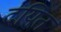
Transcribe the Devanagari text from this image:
दयित